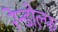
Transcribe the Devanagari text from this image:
रेन्डोल्फ